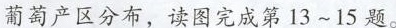
葡萄产区分布，读图完成第13~15题。